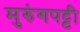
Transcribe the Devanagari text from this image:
मुरुंगपट्टी